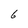
Character: 6